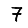
Digit: 7